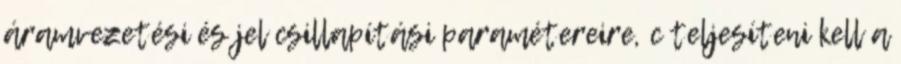
áramvezetési és jel csillapítási paramétereire, c teljesíteni kell a